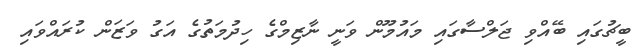
ބީޗުގައި ބޭއްވި ޖަލްސާގައި މައުމޫން ވަނީ ނާޒިމްގެ ހިދުމަތުގެ އަގު ވަޒަން ކުރައްވައި